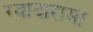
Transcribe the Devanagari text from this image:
ग्वादारामा